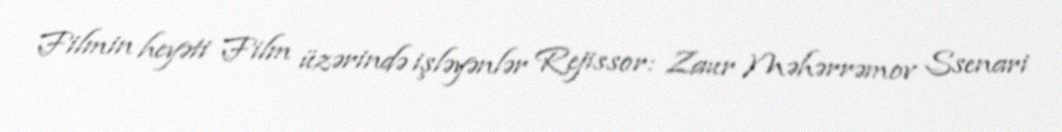
Filmin heyəti Film üzərində işləyənlər Rejissor: Zaur Məhərrəmov Ssenari